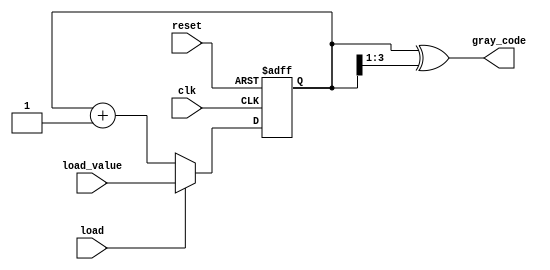
module gray_counter (
    input clk,
    input reset,
    input load,
    input [3:0] load_value,
    output reg [3:0] gray_code
);

reg [3:0] count_reg;

always @(posedge clk or posedge reset) begin
    if (reset) begin
        count_reg <= 4'b0000;
    end else if (load) begin
        count_reg <= load_value;
    end else begin
        count_reg <= count_reg + 1;
    end
end

assign gray_code = count_reg ^ (count_reg >> 1);

endmodule